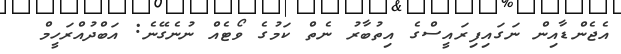
އެޖެންޑާއިން ނަގައިފިރައީސްގެ އިތުބާރު ނެތް ކަމުގެ ވޯޓެއް ނުނެގޭނެ: އަބްދުއްރަހީމް